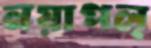
নয়াপল্